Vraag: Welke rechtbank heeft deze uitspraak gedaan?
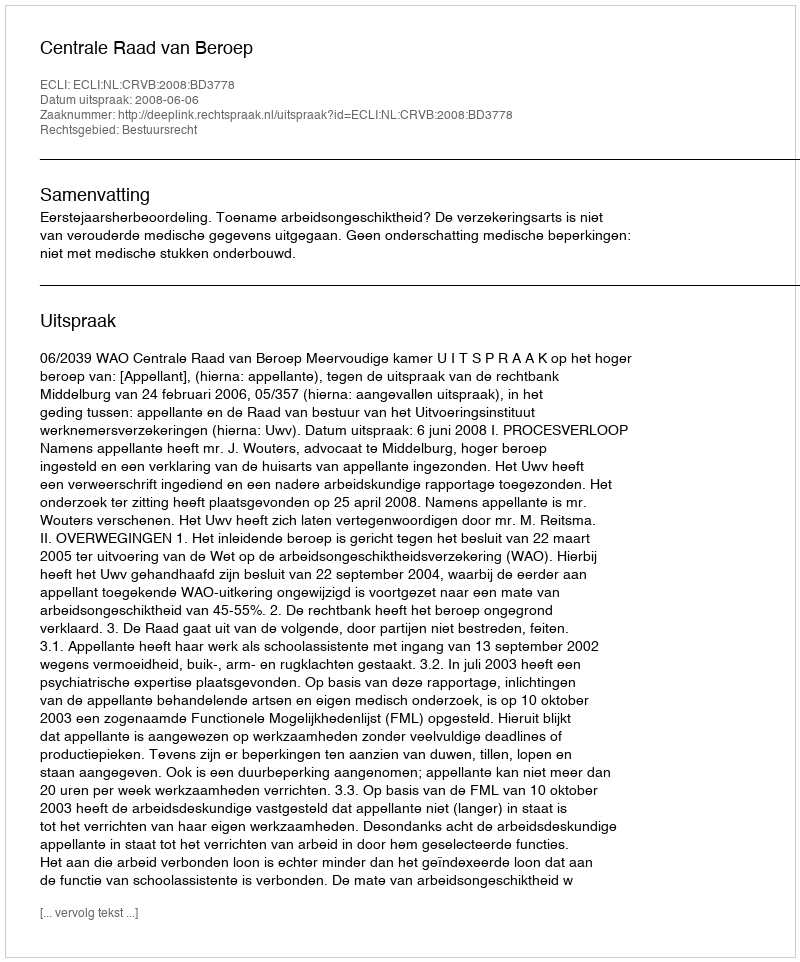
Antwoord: Centrale Raad van Beroep